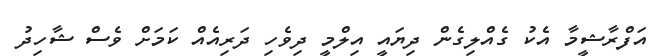
އަފްރާޝީމާ އެކު ގެއްލިގެން ދިޔައީ އިލްމީ ދިވެހި ދަރިއެއް ކަމަށް ވެސް ޝާހިދު